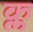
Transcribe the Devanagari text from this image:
क्ल